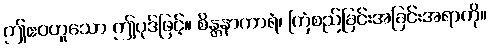
ဤဧဝဟူသော ဤပုဒ်ဖြင့်။ စိန္တနာကာရံ၊ ကြံစည်ခြင်းအခြင်းအရာကို။